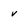
Character: v